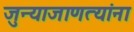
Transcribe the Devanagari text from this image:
जुन्याजाणत्यांना